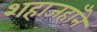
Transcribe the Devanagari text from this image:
शहाजहाँने